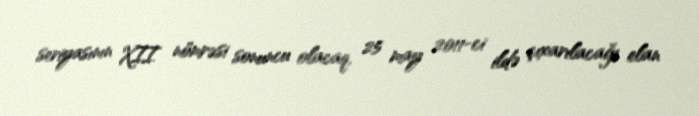
seriyasının XII nömrəsi sonuncu olacaq, 25 may 2011-ci ildə çıxarılacağı elan